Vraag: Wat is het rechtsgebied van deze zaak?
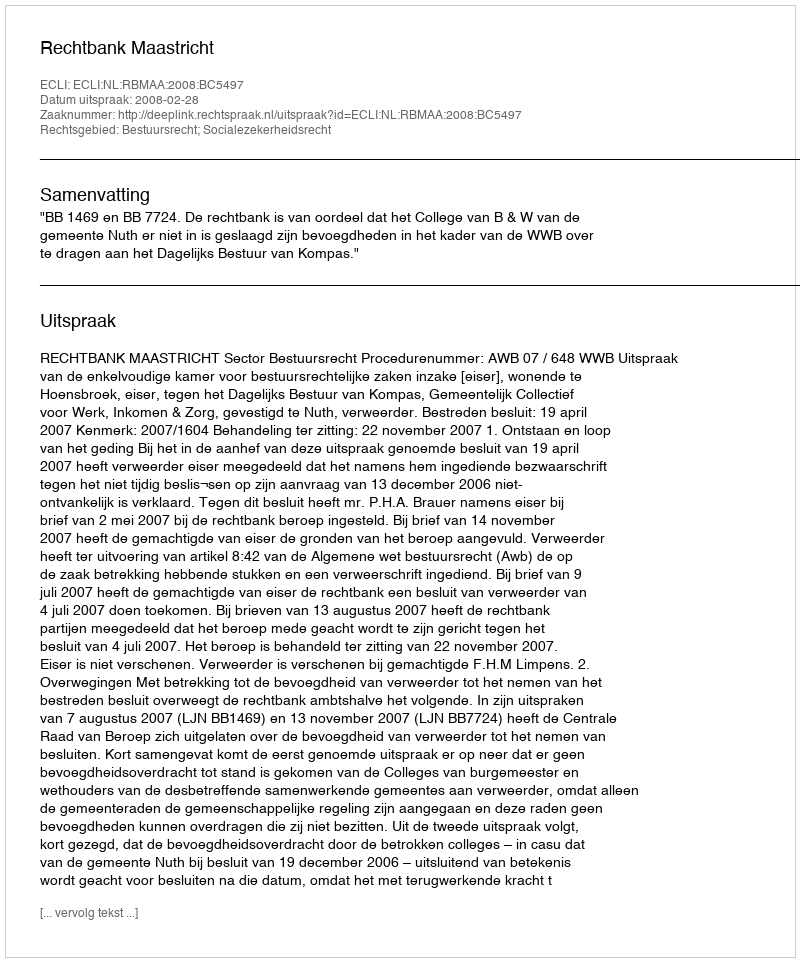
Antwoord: Bestuursrecht; Socialezekerheidsrecht